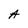
Character: A